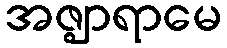
အဇ္ဈာရာမေ